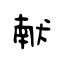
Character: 献